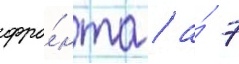
фро́нта / а́ 7